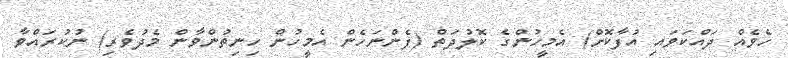
ހެވެއް ދައްކަވައި އުފާކޮށް) އެމީހުންގެ ކޮލުދަތް (ފެންނަހެން އެމީހުން ހިނިތުންވާން މެދުވެރި) ނުކުރައްވާ